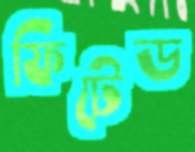
ফিটেড